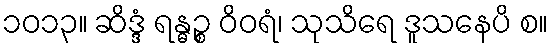
၁၀၁၃။ ဆိဒ္ဒံ ရန္ဓဉ္စ ဝိဝရံ၊ သုသိရေ ဒူသနေပိ စ။